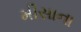
મીસાના